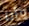
وأنا